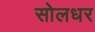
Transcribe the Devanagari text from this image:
सोलधर